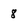
Character: 8